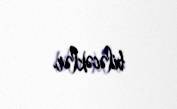
biləcəklər.